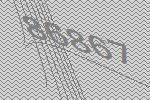
86867